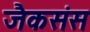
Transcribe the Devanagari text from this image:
जैकसंस